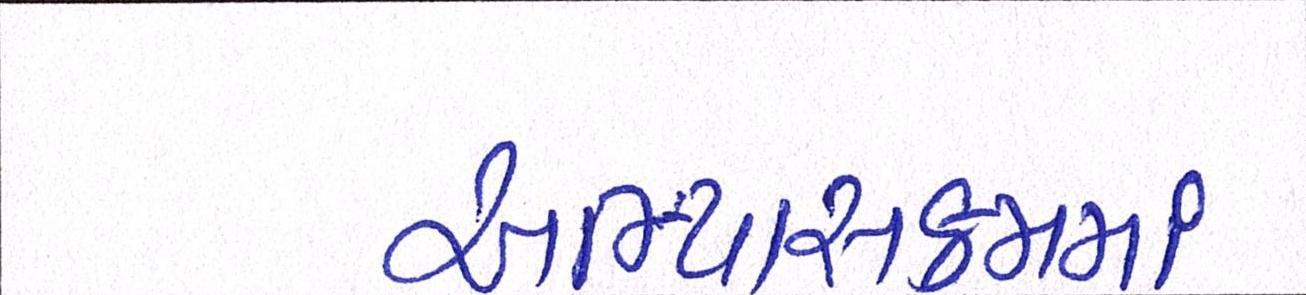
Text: અભ્યાસક્રમમાં